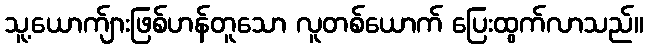
သူ့ယောက်ျားဖြစ်ဟန်တူသော လူတစ်ယောက် ပြေးထွက်လာသည်။